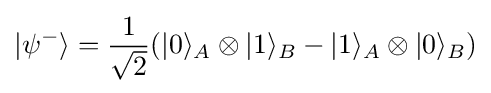
|\psi ^{-}\rangle ={\frac {1}{\sqrt {2}}}(|0\rangle _{A}\otimes |1\rangle _{B}-|1\rangle _{A}\otimes |0\rangle _{B})